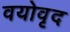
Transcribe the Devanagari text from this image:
वयोवृद